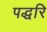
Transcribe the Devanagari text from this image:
पद्धरि